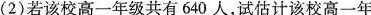
(2)若该校高一年级共有640人，试估计该校高一年